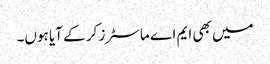
میں بھی ایم اے ماسٹرز کر کے آیا ہوں۔